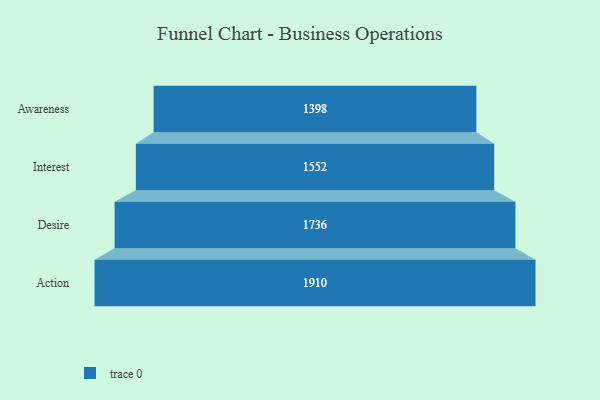
{"axis": {"x": "Stage", "y": "Value"}, "legend": [""], "data": [{"x": "Awareness", "y": 1398.0, "type": ""}, {"x": "Interest", "y": 1552.0, "type": ""}, {"x": "Desire", "y": 1736.0, "type": ""}, {"x": "Action", "y": 1910.0, "type": ""}]}